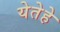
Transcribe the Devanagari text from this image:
येतेहे